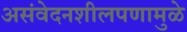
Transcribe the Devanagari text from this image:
असंवेदनशीलपणामुळे